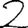
Digit: 2